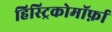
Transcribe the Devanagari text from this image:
हिस्ट्रिकोमॉर्फ़ा